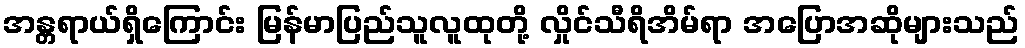
အန္တရာယ်ရှိကြောင်း မြန်မာပြည်သူလူထုတို့ လှိုင်သီရိအိမ်ရာ အပြောအဆိုများသည်